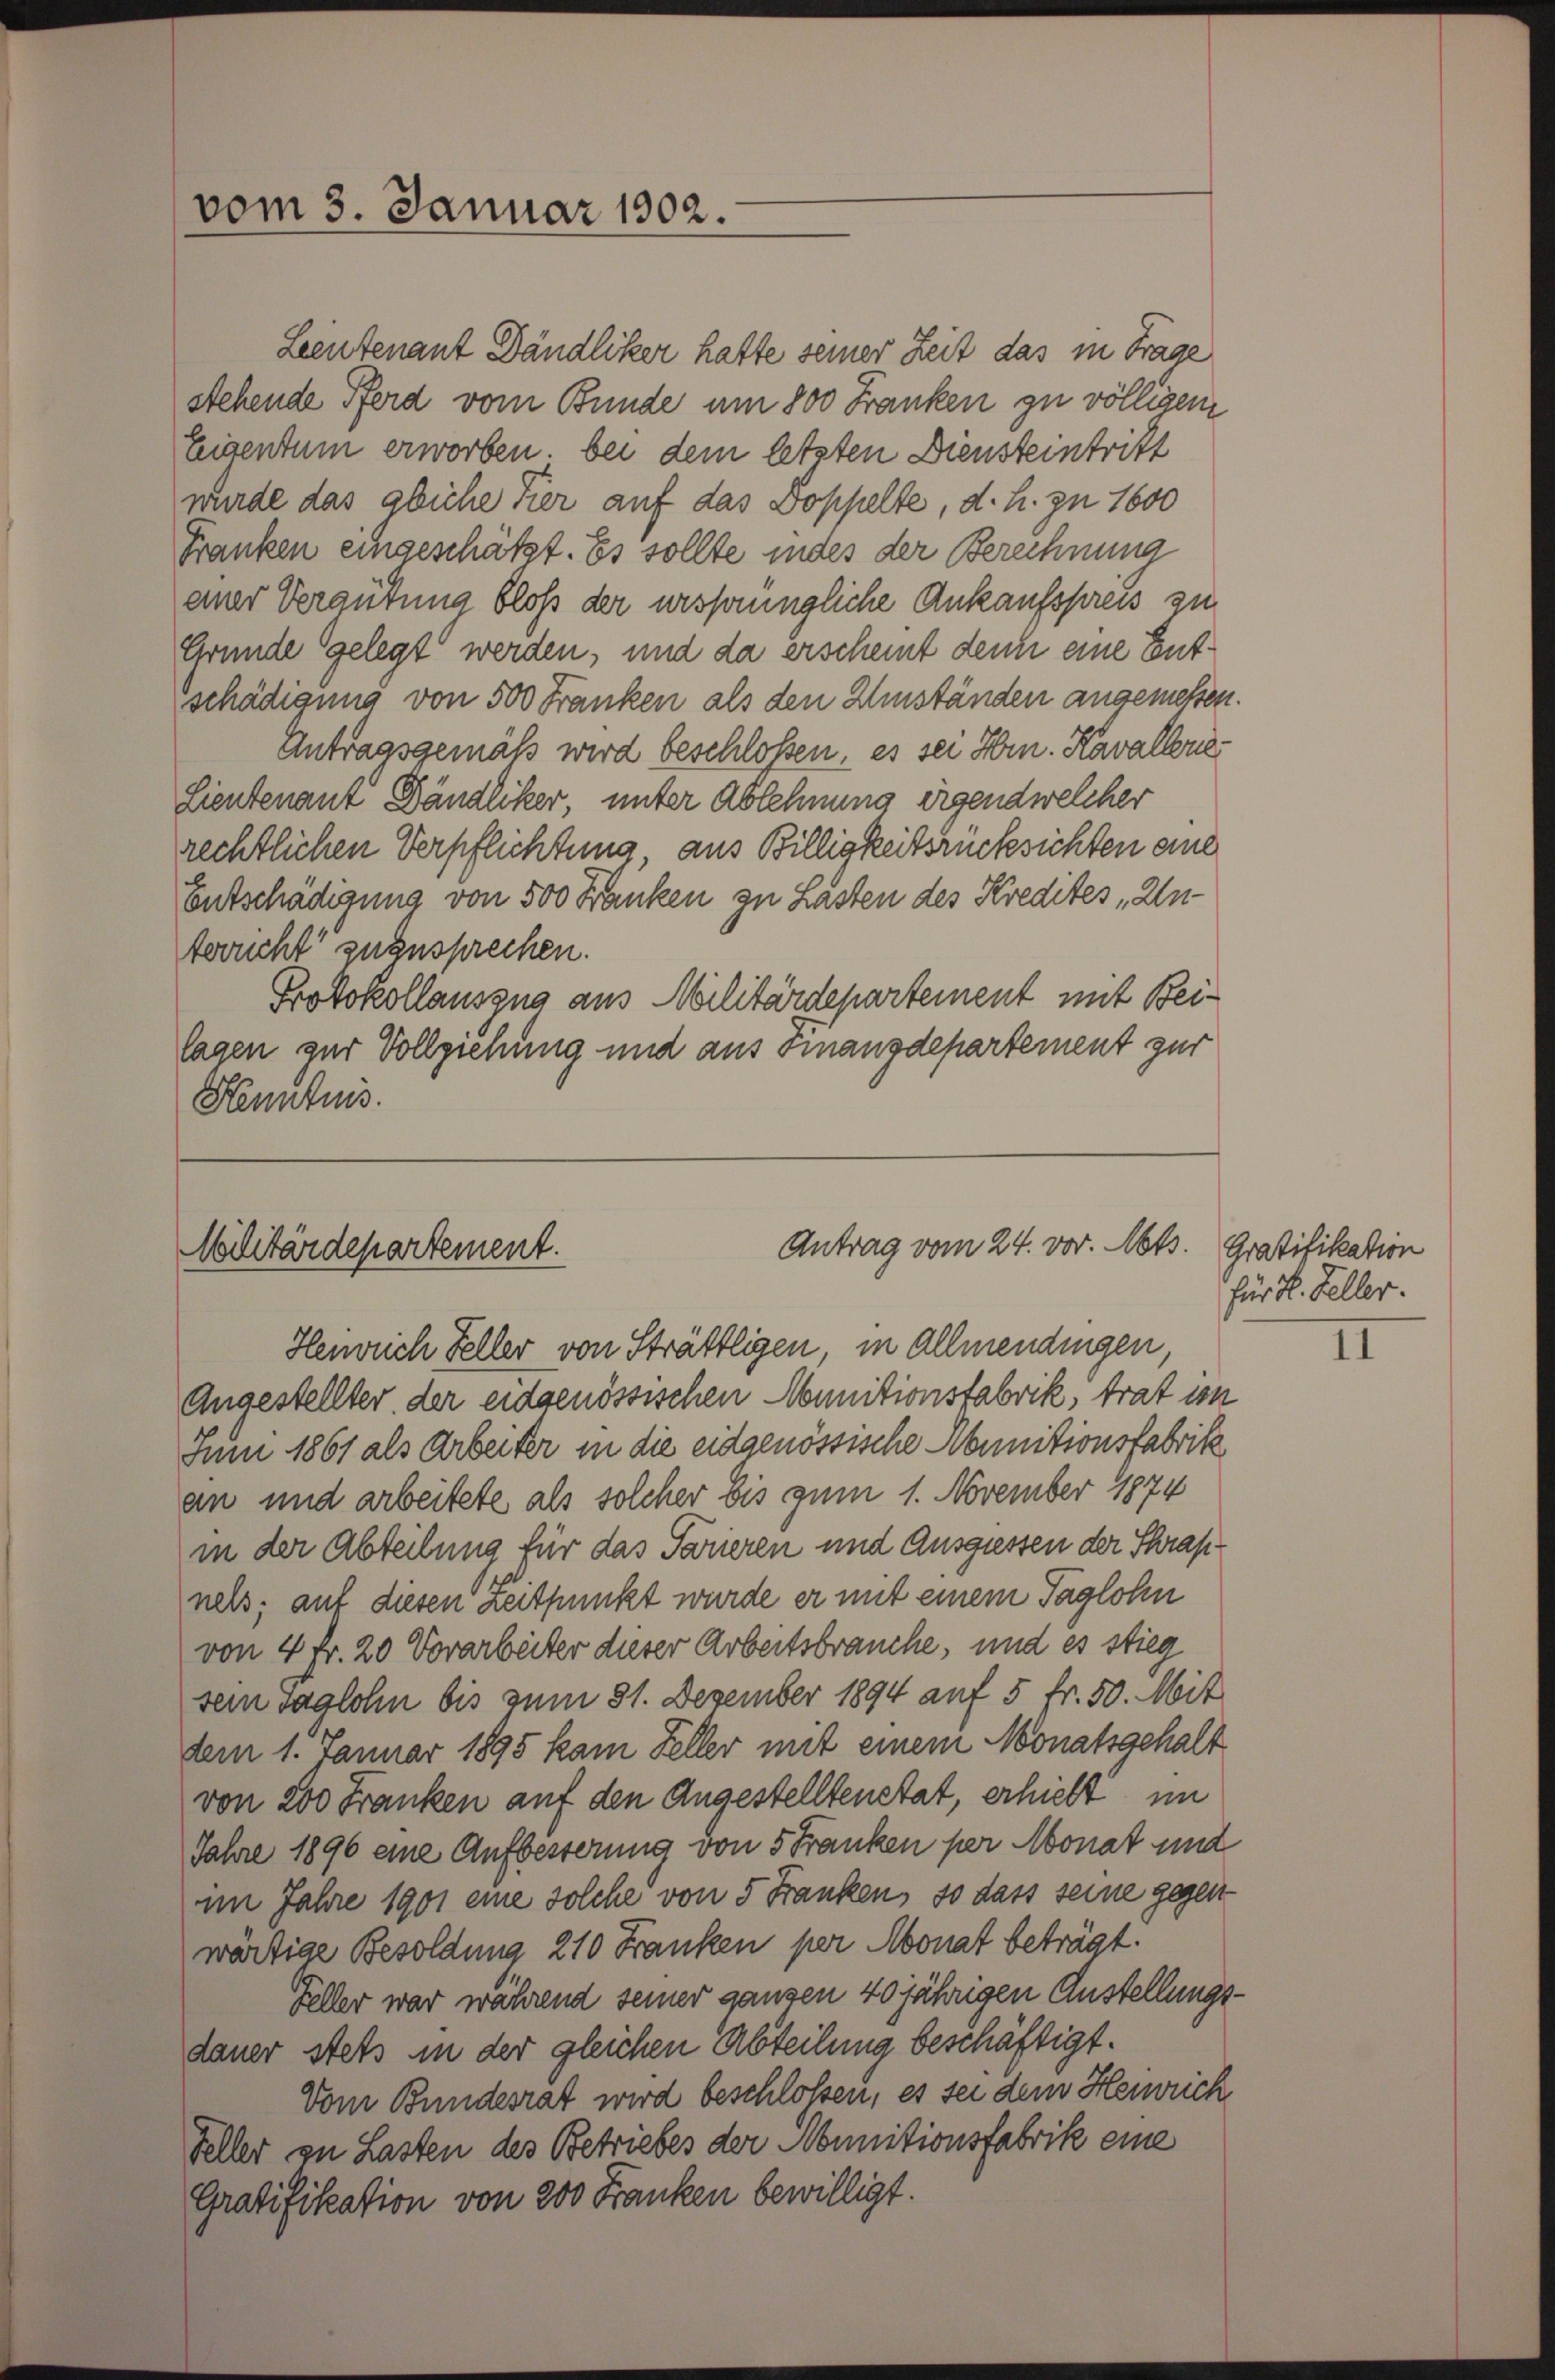
vom 3. Januar 1902.

Leutenant Dändliker hatte seiner Zeit das in Frage
stehende Pferd vom Bunde um 800 Franken zu völligem
Zeigentum erworben, bei dem letzten Diensteintritt
wurde das gliche Hier auf das Doppelte, d. h. zu 1600
Franken eingeschätzt. Es sollte indes der Berechnung
einer Vergütung bloß der ursprüngliche Ankaufspreis zu
Gründe gelegt werden, und da erscheint denn eine Entschädigung von 500 Franken als den Umständen angemessen.
Antragsgemäß wird beschlossen, es sei Hrn. Kavallerie
Lieutenant Dändliker unter Ablehnung irgend welcher
rechtlichen Verpflichtung, aus Billigkeitsrücksichten eine
Entschädigung von 500 Franken zu Lasten des Kredites Untorucht zuzusprechen.
Protokollauszug aus Militärdepartement mit Bei¬
Tagen zur Vollziehung und aus Finanzdepartement zur
Henntnis.

Antrag vom 24. vor. Mts.
Militärdepartement.
Heinrich Feller von Sträfligen in Allmendingen,

Angestellter der eidgenössischen Munitionsfabrik, trat im
Jun 1861 als Arbeiter in die eidgenössische Munitionsfabrik
an und arbeitete, als solcher bis zum 1. November 1874
in der Abteilung für das Parieren und Ausgiessen der Schrapnels; auf diesen Zeitpunkt wurde er mit einem Taglohn
von 4 Fr. 20 Vorarbeiter dieser Arbeitsbrauche, und es stieg
sein Taglohn bis zum 31. Dezember 1894 auf 5 fr. 50. Mit
dem 1. Januar 1895 kam Feller mit einem Monatsgehalt
von 200 Franken auf den Angestelltenstat, erhielt im
Jahre 1896 eine Aufbesterung von 5 Franken per Monat und
im Jahre 1901 eine solche von 5 Franken, so dass seine gegen
wärtige Besoldung, 210 Franken per Monat beträgt.
Feller war während seiner ganzen 40 jährigen Anstellungsdauer stets in der gleichen Abteilung beschäftigt.
Vom Bundesrat wird beschlossen, es sei dem Heinrich
Feller zu Lasten des Betriebes der Munitionsfabrik eine
Gratifikation von 200 Franken bewilligt.

Gratifikation
für H. Feller.

1